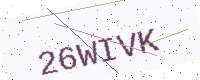
Text: 26WIVK